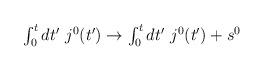
LaTeX: \begin{align*}\mbox{$\int_0^tdt'~j^0(t')\to\int_0^tdt'~j^0(t')+s^0$}\end{align*}